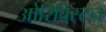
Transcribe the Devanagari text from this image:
ओरिबिस्टन